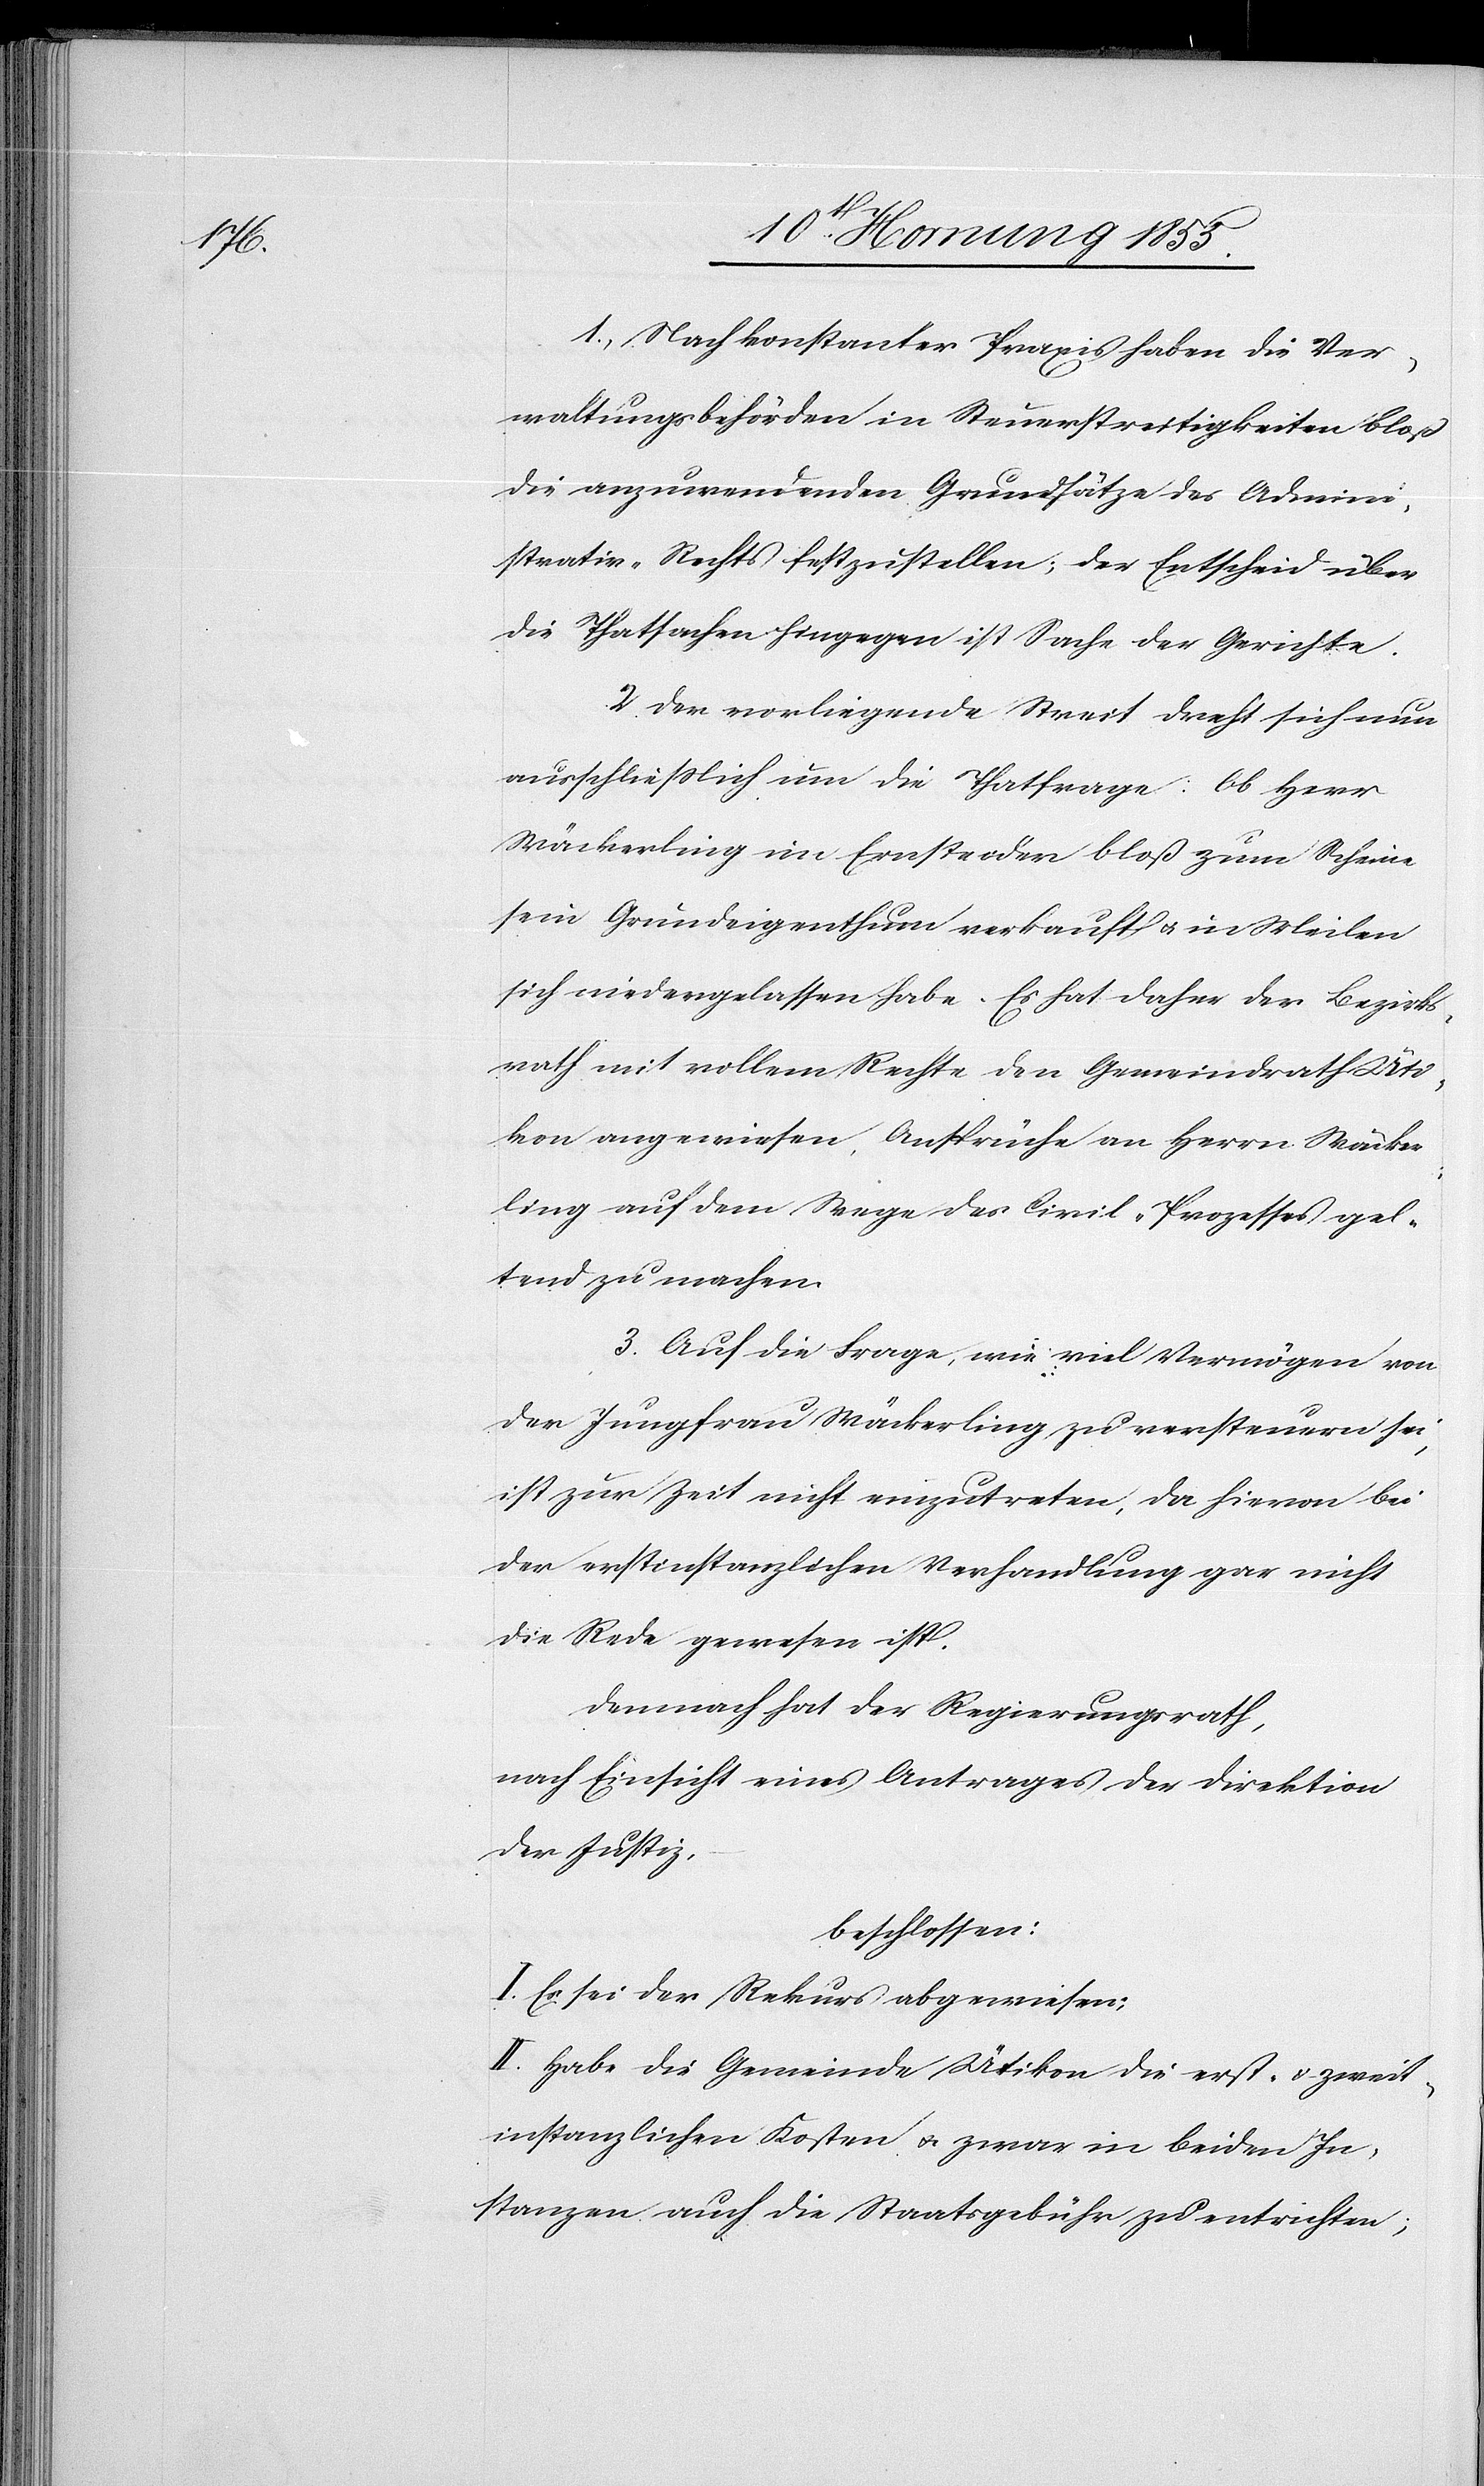
1., Nach konstanter Praxis haben die Ver¬
waltungsbehörden in Steuerstreitigkeiten bloß
die anzuwendenden Grundsätze des Admini¬
strativ-Rechts festzustellen; der Entscheid über
die Thatsachen hingegen ist Sache der Gerichte.
2. Der vorliegende Streit dreht sich nun
ausschliesslich um die Thatfrage: Ob Herr
Wäckerling im Ernste oder bloß zum Scheine
sein Grundeigenthum verkauft & in Meilen
sich niedergelassen habe. Es hat daher der Bezirks¬
rath mit vollem Rechte den Gemeindrath Üti¬
kon angewiesen, Ansprüche an Herrn Wäcker¬
ling auf dem Wege des Civil-Prozesses gel¬
tend zu machen.
3. Auf die Frage, wie viel Vermögen von
der Jungfrau Wäckerling zu versteuern sei,
ist zur Zeit nicht einzutreten, da hievon bei
der erstinstanzlichen Verhandlung gar nicht
die Rede gewesen ist.
Demnach hat der Regierungsrath,
nach Einsicht eines Antrages der Direktion
der Justiz,
beschlossen:
I. Es sei der Rekurs abgewiesen;
II. Habe die Gemeinde Ütikon die erst- & zweit¬
instanzlichen Kosten & zwar in beiden In¬
stanzen auch die Staatsgebühr zu entrichten;